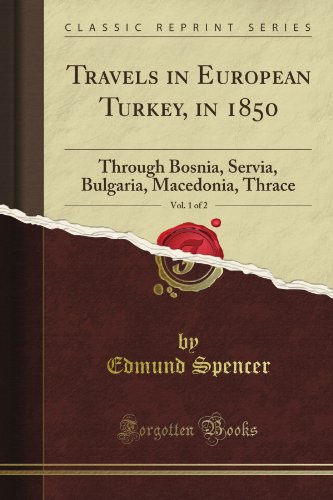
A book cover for Travels in European Turkey, in 1850: Through Bosnia, Servia, Bulgaria, Macedonia, Thrace, Vol. 1 of 2 (Classic Reprint); Edmund Spencer; Travel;